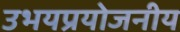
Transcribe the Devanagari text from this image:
उभयप्रयोजनीय